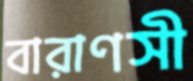
বারাণসী